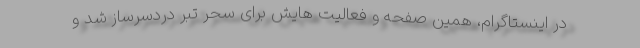
در اینستاگرام، همین صفحه و فعالیت هایش برای سحر تبر دردسرساز شد و